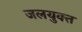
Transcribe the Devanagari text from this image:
जलयुक्‍त